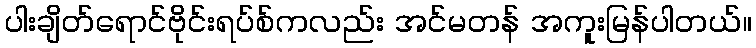
ပါးချိတ်ရောင်ဗိုင်းရပ်စ်ကလည်း အင်မတန် အကူးမြန်ပါတယ်။